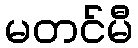
မတင်မီ